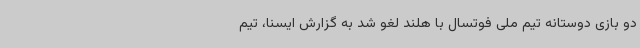
دو بازی دوستانه تیم ملی فوتسال با هلند لغو شد به گزارش ایسنا، تیم